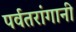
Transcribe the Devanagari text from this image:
पर्वतरांगानी